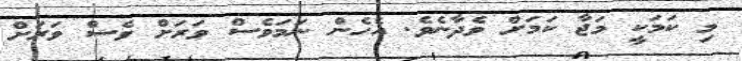
މި ކަމަކީ މަޖާ ކަމަށް ވެދާނެވެ. އެހެން ނަމަވެސް ވަރަށް ވެސް ވަރަށް